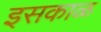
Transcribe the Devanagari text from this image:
इसकाळ